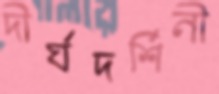
দীর্ঘদর্শিনী